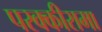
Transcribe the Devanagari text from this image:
परक्कीरामा